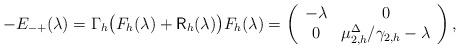
LaTeX: \begin{align*}-E_{-+}(\lambda)= \Gamma_h \big(F_h(\lambda)+\mathsf R_h(\lambda)\big) F_h(\lambda)=\left(\begin{array}{cc}-\lambda&0\\0&\mu_{2,h}^\Delta/\gamma_{2,h}-\lambda\end{array}\right),\end{align*}